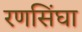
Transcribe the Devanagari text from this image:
रणसिंघा